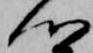
心